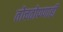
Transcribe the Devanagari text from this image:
तोचतोपणाही